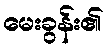
မေးခွန်း၏